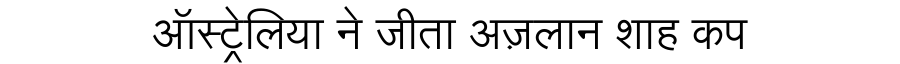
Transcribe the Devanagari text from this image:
ऑस्ट्रेलिया ने जीता अज़लान शाह कप